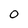
Character: O